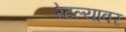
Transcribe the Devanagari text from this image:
रेटल्यावर